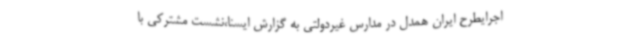
اجرایطرح ایران همدل در مدارس غیردولتی به گزارش ایسنا،نشست مشترکی با